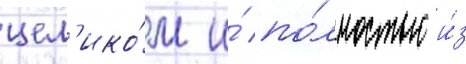
цел'ико́м и́ по́лностью и́з